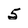
Character: 5